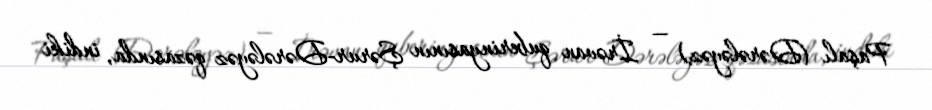
Paşalı (Dərələyəz) — İrəvan quberinyasının Şərur-Dərələyəz qəzasında, indiki